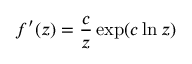
f ^ { \prime } ( z ) = { \frac { c } { z } } \exp ( c \ln z )